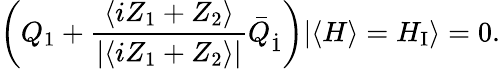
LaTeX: \left(Q_{1}+\frac{\langle iZ_{1}+Z_{2}\rangle}{|\langle iZ_{1}+Z_{2}\rangle|}\bar{Q}_{\dot{1}}\right)|\langle H\rangle=H_{\mathrm{I}}\rangle=0.